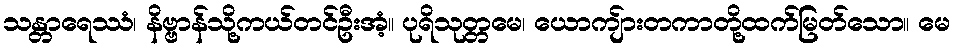
သန္တာရေဿံ၊ နိဗ္ဗာန်သို့ကယ်တင်ဦးအံ့။ ပုရိသုတ္တမေ၊ ယောကျ်ားတကာတို့ထက်မြတ်သော။ မေ